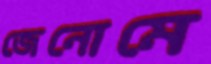
জেনোমে